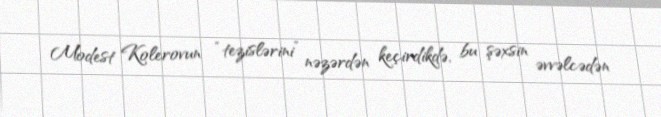
Modest Kolerovun “tezislərini” nəzərdən keçirdikdə, bu şəxsin əvvəlcədən